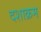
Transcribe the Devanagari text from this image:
दशाक्रम